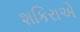
શકિરાએ